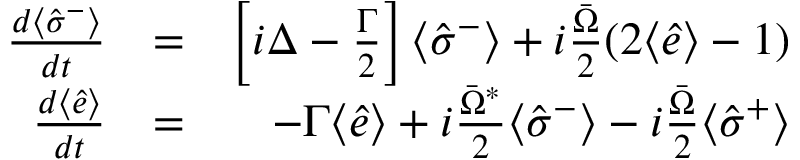
\begin{array} { r l r } { \frac { d \langle \hat { \sigma } ^ { - } \rangle } { d t } } & { = } & { \left[ i \Delta - \frac { \Gamma } { 2 } \right] \langle \hat { \sigma } ^ { - } \rangle + i \frac { \bar { \Omega } } { 2 } ( 2 \langle \hat { e } \rangle - 1 ) } \\ { \frac { d \langle \hat { e } \rangle } { d t } } & { = } & { - \Gamma \langle \hat { e } \rangle + i \frac { \bar { \Omega } ^ { * } } { 2 } \langle \hat { \sigma } ^ { - } \rangle - i \frac { \bar { \Omega } } { 2 } \langle \hat { \sigma } ^ { + } \rangle } \end{array}